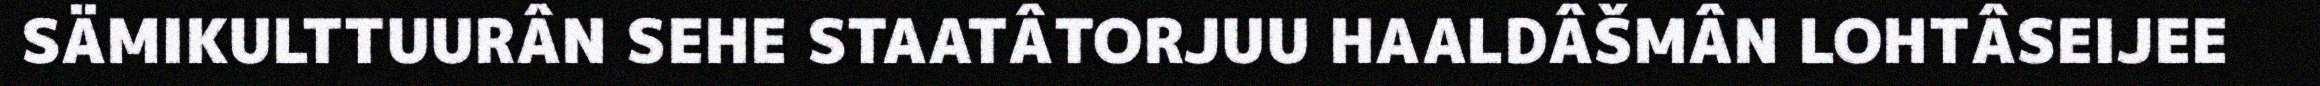
SÄMIKULTTUURÂN SEHE STAATÂTORJUU HAALDÂŠMÂN LOHTÂSEIJEE